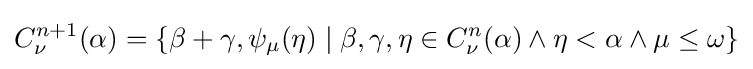
C_{\nu }^{n+1}(\alpha )=\{\beta +\gamma ,\psi _{\mu }(\eta )\mid \beta ,\gamma ,\eta \in C_{\nu }^{n}(\alpha )\wedge \eta <\alpha \wedge \mu \leq \omega \}